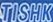
TISHK